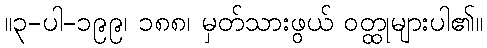
။၃-ပါ-၁၉၉၊ ၁၈၈၊ မှတ်သားဖွယ် ဝတ္ထုများပါ၏။